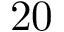
2 0